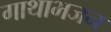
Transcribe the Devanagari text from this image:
गाथाभजन